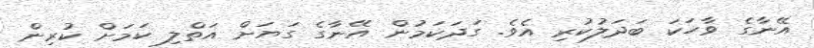
އޭނާގެ ވާހަކަ ބަދަލުކުރި އެވެ. ގަދަކަމުން އޭނާގެ ގަޔަށް އަތްލި ކަމަށް ކުރިން